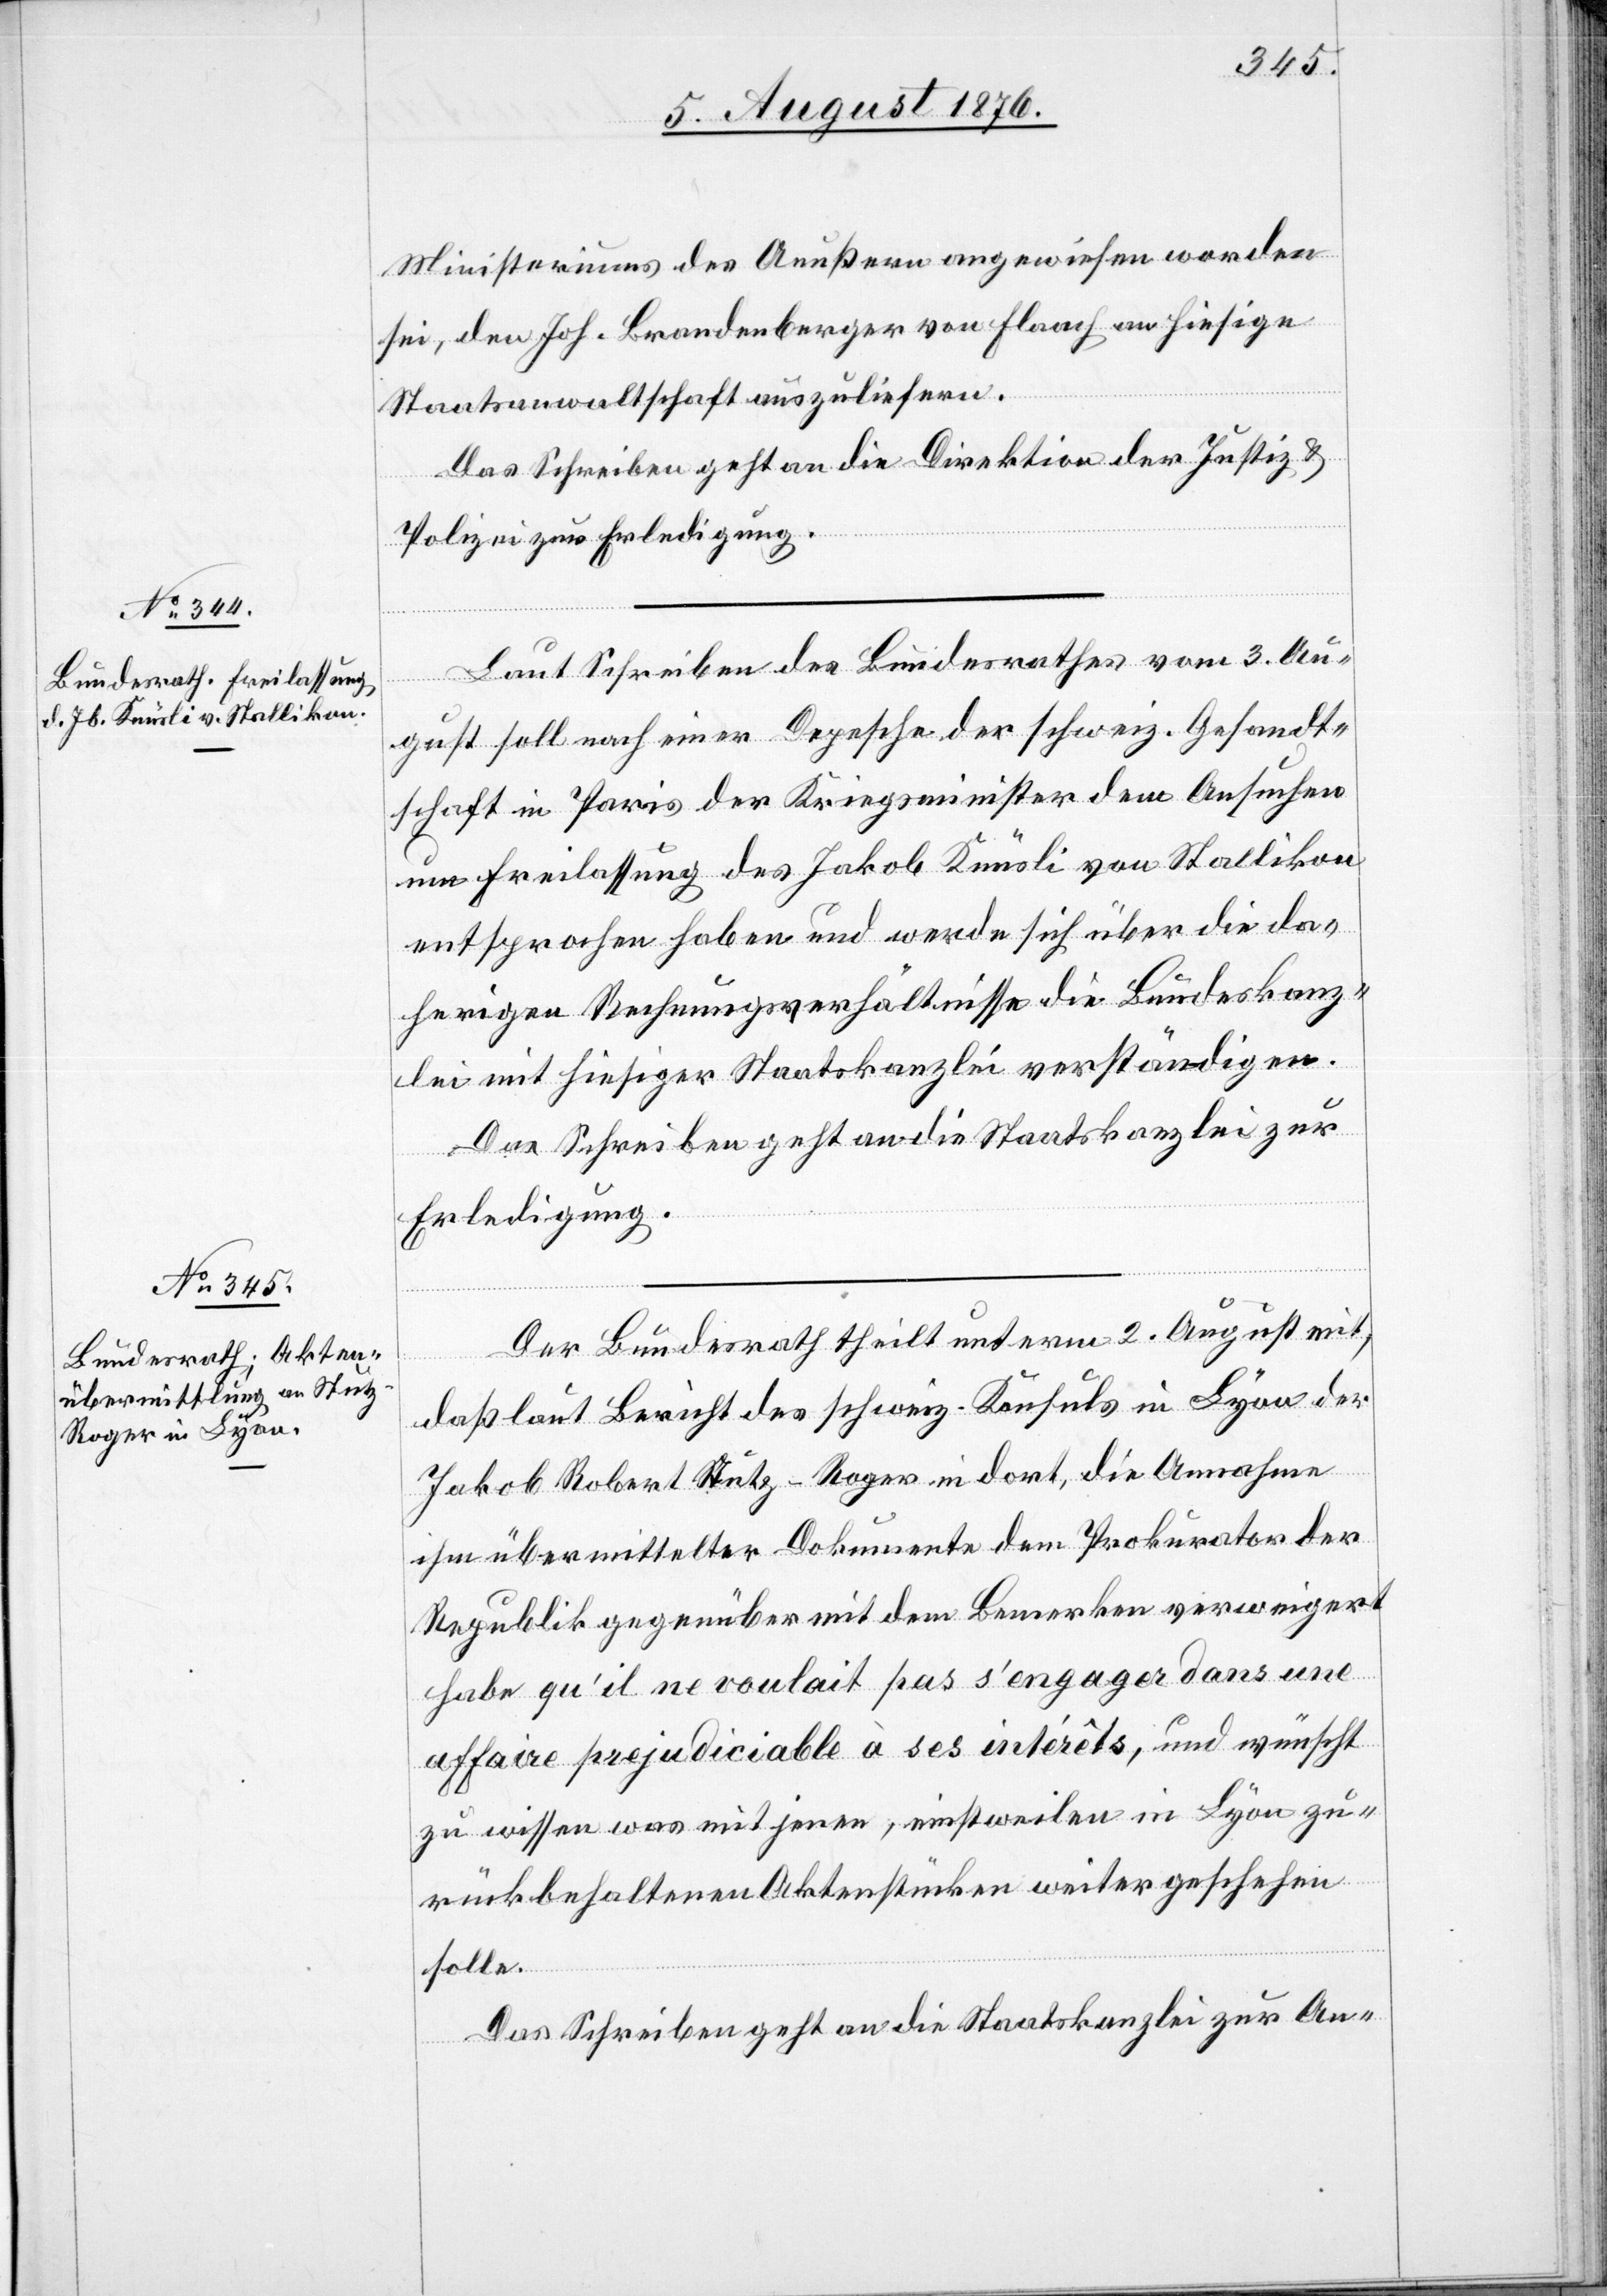
7. August 1876.]
Ministeriums des Aeußern angewiesen worden
sei, den Joh. Brandenberger von Flaach an hiesige
Staatsanwaltschaft auszuliefern.
Das Schreiben geht an die Direktion der Justiz &
Polizei zur Erledigung.
Laut Schreiben des Bundesrathes vom 3. Au¬
gust soll nach einer Depesche der schweiz. Gesandt¬
schaft in Paris der Kriegsminister dem Ansuchen
um Freilassung des Jakob Knüsli von Stallikon
entsprochen haben und werde sich über die da¬
herigen Rechnungsergebnisse die Bundeskanz¬
lei mit hiesiger Staatskanzlei verständigen.
Das Schreiben geht an die Staatskanzlei zur
Erledigung.
Der Bundesrath theilt unterm 2. August mit,
daß laut Bericht des schweiz. Konsuls in Lyon der
Jakob Robert Stutz-Roger in dort, die Annahme
ihm übermittelter Dokumente dem Prokurator der
Republik gegenüber mit dem Bemerken verweigert
habe qu’il ne voulait pas s’engager dans une
affaire prejudiciable à ses intérêts, und wünscht
zu wissen was mit jenen, einstweilen in Lyon zu¬
rückbehaltenen Aktenstücken weiter geschehen
solle.
Das Schreiben geht an die Staatskanzlei zur An-